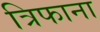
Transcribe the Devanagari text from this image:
त्रिफाना